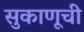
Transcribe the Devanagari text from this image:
सुकाणूची